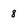
Character: 8